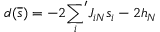
d ( \overline { s } ) = - 2 { \sum _ { i } } ^ { \prime } J _ { i N } s _ { i } - 2 h _ { N }